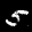
Label: 5